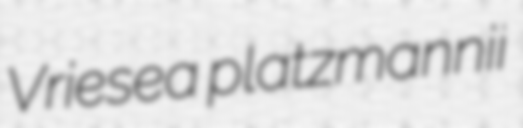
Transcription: Vriesea platzmannii